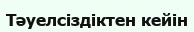
Тәуелсіздіктен кейін